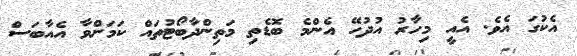
އެކުގަ އެވެ. އެއީ މިހާރު އުދުހޭ އެންމެ ބޮޑެތި މަތިންދާބޯޓުތައް ކަމަށްވާ އެއާބަސް